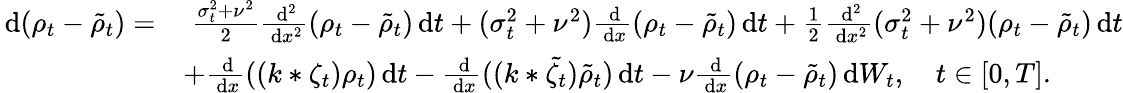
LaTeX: \begin{array}{rl}{\, \mathrm{d}(\rho_{t}-\tilde{\rho}_{t})=}&{\; \frac{\sigma_{t}^{2}+\nu^{2}}{2}\frac{\, \mathrm{d}^{2}}{\, \mathrm{d}x^{2}}(\rho_{t}-\tilde{\rho}_{t})\, \mathrm{d}t+(\sigma_{t}^{2}+\nu^{2})\frac{\, \mathrm{d}}{\, \mathrm{d}x}(\rho_{t}-\tilde{\rho}_{t})\, \mathrm{d}t+\frac{1}{2}\frac{\, \mathrm{d}^{2}}{\, \mathrm{d}x^{2}}(\sigma_{t}^{2}+\nu^{2})(\rho_{t}-\tilde{\rho}_{t})\, \mathrm{d}t}\\ &{+\frac{\, \mathrm{d}}{\, \mathrm{d}x}((k*\zeta_{t})\rho_{t})\, \mathrm{d}t-\frac{\, \mathrm{d}}{\, \mathrm{d}x}((k*\tilde{\zeta_{t}})\tilde{\rho}_{t})\, \mathrm{d}t-\nu\frac{\, \mathrm{d}}{\, \mathrm{d}x}(\rho_{t}-\tilde{\rho}_{t})\, \mathrm{d}W_{t},\quad t\in[0,T].}\end{array}